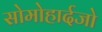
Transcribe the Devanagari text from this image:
सोमोहार्दजो